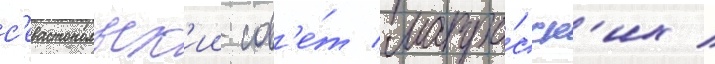
с'евастопольск'ии сов'е́т матро́сск'их /